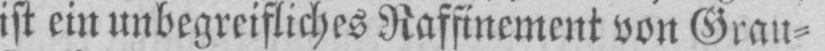
ist ein unbegreifliches Raffinement von Grau⸗